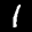
Label: 1